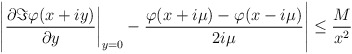
\begin{align*} \left|\frac{\partial\Im\varphi(x+iy)}{\partial y}\bigg|_{y=0} - \frac{\varphi(x+i\mu)-\varphi(x-i\mu)}{2i\mu}\right|\le \frac{M}{x^2} \end{align*}